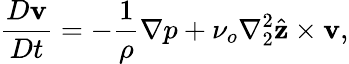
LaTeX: \frac{D\mathbf{v}}{Dt}=-\frac{1}{\rho}\nabla p+\nu_{o}\nabla_{2}^{2}\hat{\mathbf{z}}\times\mathbf{v},